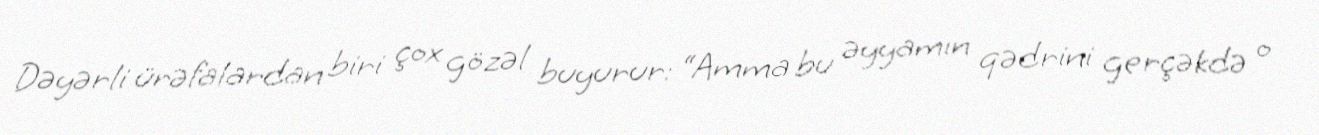
Dəyərli ürəfalardan biri çox gözəl buyurur: “Amma bu əyyamın qədrini gerçəkdə o